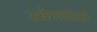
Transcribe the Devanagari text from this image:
स्केलडस